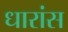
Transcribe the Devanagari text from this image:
धारांस